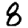
Digit: 8